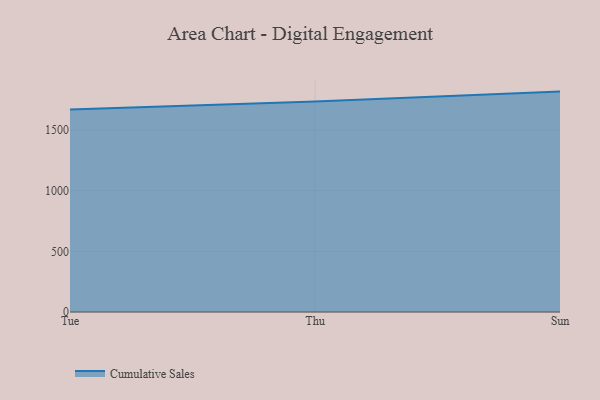
{"axis": {"x": "Day", "y": "Page Views"}, "legend": ["Cumulative Sales"], "data": [{"x": "Tue", "y": 1669.8, "type": "Cumulative Sales"}, {"x": "Thu", "y": 1735.6, "type": "Cumulative Sales"}, {"x": "Sun", "y": 1816.3, "type": "Cumulative Sales"}]}